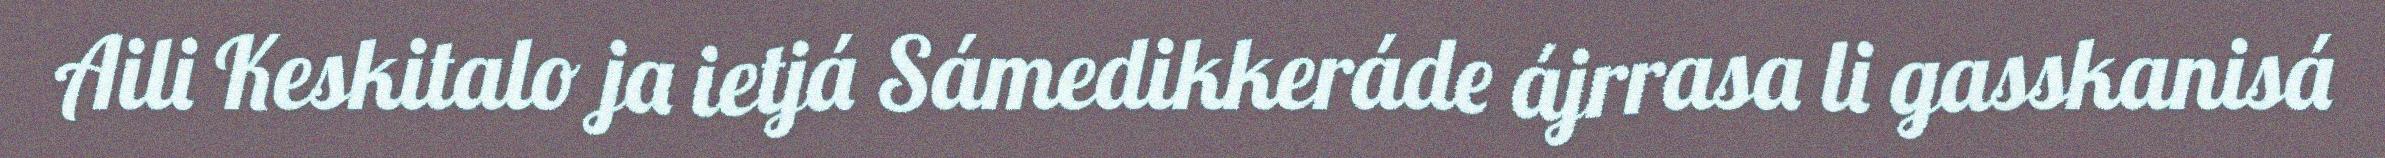
Aili Keskitalo ja ietjá Sámedikkeráde ájrrasa li gasskanisá